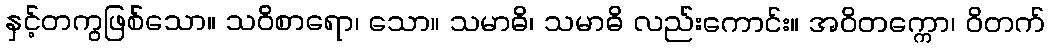
နှင့်တကွဖြစ်သော။ သဝိစာရော၊ သော။ သမာဓိ၊ သမာဓိ လည်းကောင်း။ အဝိတက္ကော၊ ဝိတက်